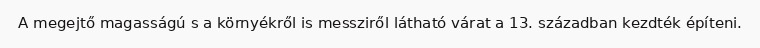
A megejtő magasságú s a környékről is messziről látható várat a 13. században kezdték építeni.